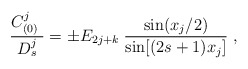
\begin{align*}{C^j_{(0)}\; \over D^j_s} = \pm E_{2j+k}\; {{\rm sin}{(x_j/ 2)}\over{\rm sin}{[(2s+1) x_j}]}\ ,\end{align*}